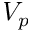
V _ { p }